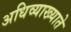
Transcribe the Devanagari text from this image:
अधिव्याख्याते